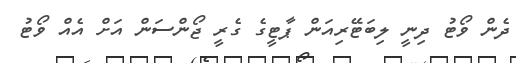
ދެން ވޯޓު ދިނީ ލިބަޓޭރިއަން ޕާޓީގެ ގެރީ ޖޯންސަން އަށް އެއް ވޯޓު